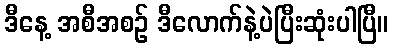
ဒီနေ့ အစီအစဉ် ဒီလောက်နဲ့ပဲပြီးဆုံးပါပြီ။